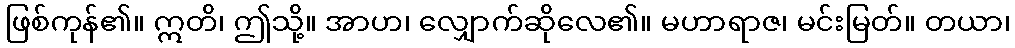
ဖြစ်ကုန်၏။ ဣတိ၊ ဤသို့။ အာဟ၊ လျှောက်ဆိုလေ၏။ မဟာရာဇ၊ မင်းမြတ်။ တယာ၊